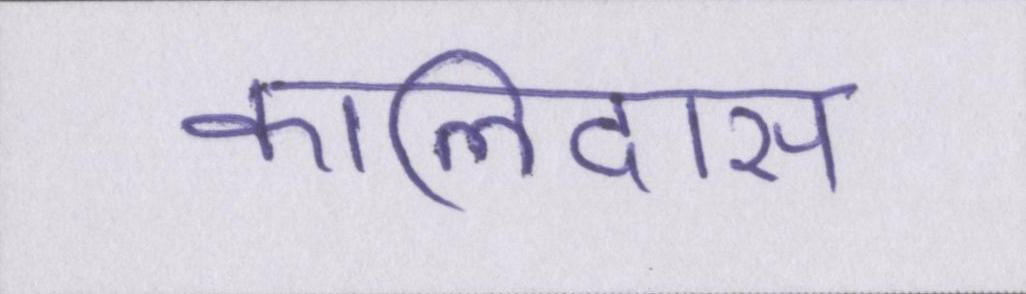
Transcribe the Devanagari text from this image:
कालिदास